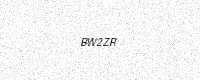
Text: BW2ZR